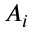
A _ { i }